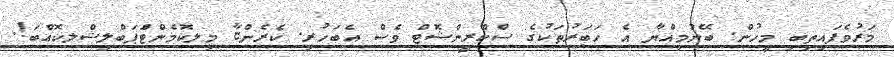
މަރުވެފައިތިބި މީހުން. ބޭނުމިއްޔާ އެ ހަބަރުތަކުގެ ސްކްރީންޝޮޓް ވެސް އެބަހުރި. ކެރެންޏާ މިލކޮމެންޓްަޕަބްލިޝްލކޮއްބަ!.